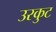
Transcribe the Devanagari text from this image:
उरकुट